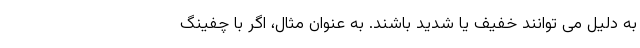
به دلیل می توانند خفیف یا شدید باشند. به عنوان مثال، اگر با چفینگ